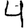
Digit: 4